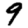
Digit: 9